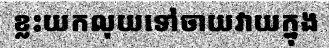
ខ្លះយកលុយទៅចាយវាយក្នុង